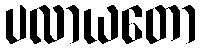
ပလာယတော